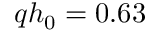
q h _ { 0 } = 0 . 6 3